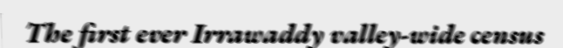
The first ever Irrawaddy valley-wide census